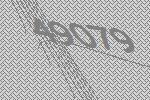
49079